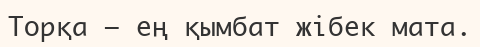
Торқа – ең қымбат жібек мата.